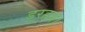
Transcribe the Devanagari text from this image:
डरहम।